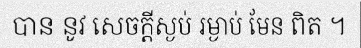
បាន នូវ សេចក្តីស្ងប់ រម្ងាប់ មែន ពិត ។